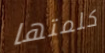
كلمتها